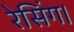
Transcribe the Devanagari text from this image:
रेसिंग।